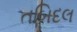
તબિદલ